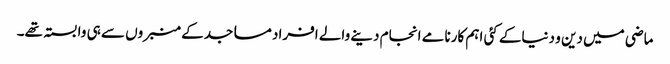
ماضی میں دین و دنیاکے کئی اہم کارنامے انجام دینے والے افراد مساجدکے منبروں سے ہی وابستہ تھے۔